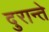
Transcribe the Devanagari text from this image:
दुरान्ते